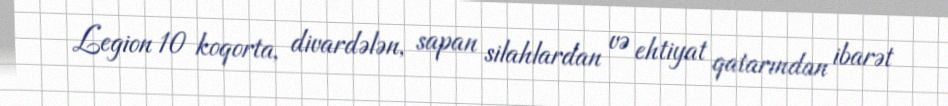
Legion 10 koqorta, divardələn, sapan silahlardan və ehtiyat qatarından ibarət